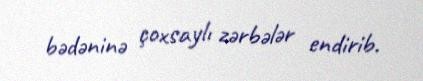
bədəninə çoxsaylı zərbələr endirib.